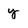
Character: y